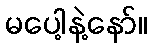
မပေါ့နဲ့နော်။